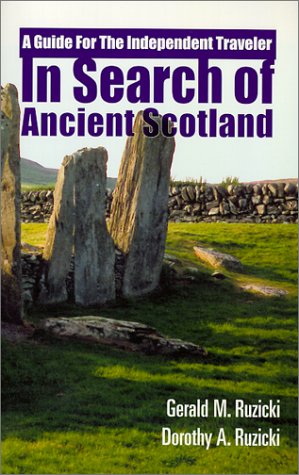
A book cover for In Search of Ancient Scotland, A Guide for The Independent Traveler; Gerald M. Ruzicki; History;